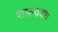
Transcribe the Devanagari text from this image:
शाल्ववध